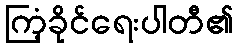
ကြံ့ခိုင်ရေးပါတီ၏